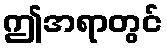
ဤအရာတွင်